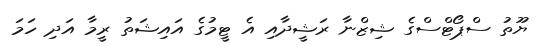
ޔޫތު ސްޕޯޓްސްގެ ޝިޒްނާ ރަޝީދާއި އެ ޓީމުގެ އައިޝަތު ރީމާ އަދި ހަމަ